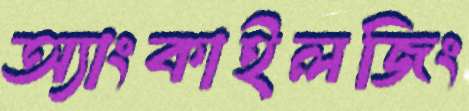
অ্যাংকাইলজিং